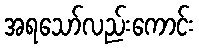
အရသော်လည်းကောင်း